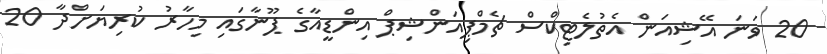
20 ވަނަ އޭޝިއަން އެތުލެޓިކްސް ޗެމްޕިއަންޝިޕް އިންޑީއާގެ ޕޫނާގައި މިހާރު ކުރިޔަށްދާ 20